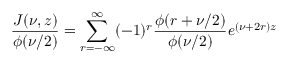
\frac { J ( \nu , z ) } { \phi ( \nu / 2 ) } = \sum _ { r = - \infty } ^ { \infty } ( - 1 ) ^ { r } \frac { \phi ( r + \nu / 2 ) } { \phi ( \nu / 2 ) } e ^ { ( \nu + 2 r ) z }